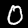
Label: 0